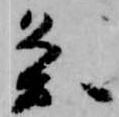
条